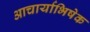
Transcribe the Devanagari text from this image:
आचार्याभिषेक